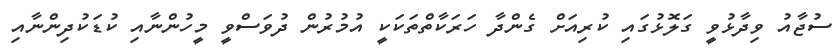
ސުޖާއު ވިދާޅުވީ ގަލޮޅުގައި ކުރިއަށް ގެންދާ ހަރަކާތްތަކަކީ އުމުރުން ދުވަސްވީ މީހުންނާއި ކުޑަކުދިންނާއި